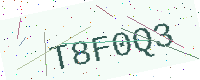
Text: T8F0Q3